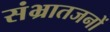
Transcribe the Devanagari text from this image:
संभ्रातजनों